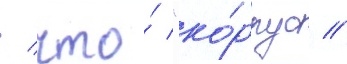
/ что́ "ко́рпус //